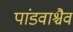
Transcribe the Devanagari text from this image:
पांडवाश्चैव